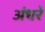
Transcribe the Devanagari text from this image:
अंधरे